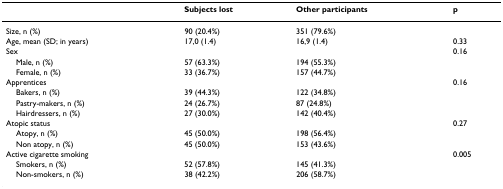
|  | Subjects lost | Other participants | p |
 | --- | --- | --- | --- |
 | Size, n (%) | 90 (20.4%) | 351 (79.6%) |  |
 | Age, mean (SD; in years) | 17,0 (1.4) | 16,9 (1.4) | 0.33 |
 | Sex |  |  | 0.16 |
 | Male, n (%) | 57 (63.3%) | 194 (55.3%) |  |
 | Female, n (%) | 33 (36.7%) | 157 (44.7%) |  |
 | Apprentices |  |  | 0.16 |
 | Bakers, n (%) | 39 (44.3%) | 122 (34.8%) |  |
 | Pastry-makers, n (%) | 24 (26.7%) | 87 (24.8%) |  |
 | Hairdressers, n (%) | 27 (30.0%) | 142 (40.4%) |  |
 | Atopic status |  |  | 0.27 |
 | Atopy, n (%) | 45 (50.0%) | 198 (56.4%) |  |
 | Non atopy, n (%) | 45 (50.0%) | 153 (43.6%) |  |
 | Active cigarette smoking |  |  | 0.005 |
 | Smokers, n (%) | 52 (57.8%) | 145 (41.3%) |  |
 | Non-smokers, n (%) | 38 (42.2%) | 206 (58.7%) |  |